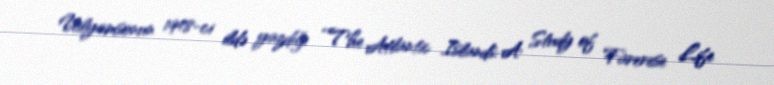
Uilyamsonun 1948-ci ildə yazdığı “The Atlantic Islands: A Study of Farerese Life